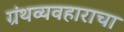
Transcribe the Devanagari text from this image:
ग्रंथव्यवहाराचा